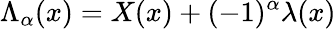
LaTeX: {\Lambda}_{\alpha}(x)=X(x)+(-1)^{\alpha}{\lambda}(x)